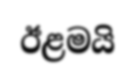
ඊළමයි